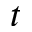
t